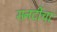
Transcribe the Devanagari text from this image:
सनदींचा